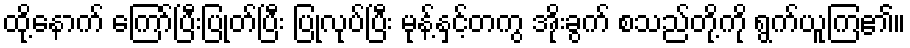
ထို့နောက် ကြော်ပြီးပြုတ်ပြီး ပြုလုပ်ပြီး မုန့်နှင့်တကွ အိုးခွက် စသည်တို့ကို ရွက်ယူကြ၏။